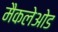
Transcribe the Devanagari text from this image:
मैकलेओड